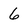
Character: 6